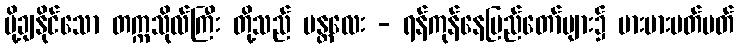
ပို့ချနိုင်သော တက္ကသိုလ်ကြီး တို့သည် မန္တလေး - ရန်ကုန်နေပြည်တော်များ၌ မားမားမတ်မတ်